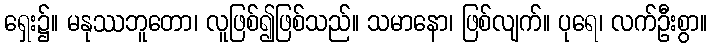
ရှေး၌။ မနုဿဘူတော၊ လူဖြစ်၍ဖြစ်သည်။ သမာနော၊ ဖြစ်လျက်။ ပုရေ၊ လက်ဦးစွာ။